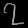
Digit: ၇